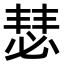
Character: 𪬇